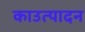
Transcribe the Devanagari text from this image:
काउत्पादन